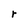
Character: r